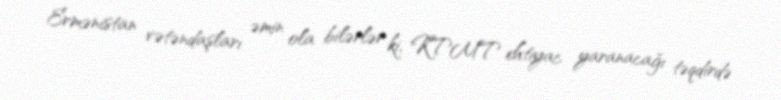
Ermənistan vətəndaşları əmin ola bilərlər ki, KTMT ehtiyac yaranacağı təqdirdə